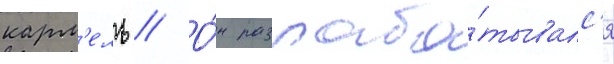
карм'ель // О́н разраба́тывалс'я